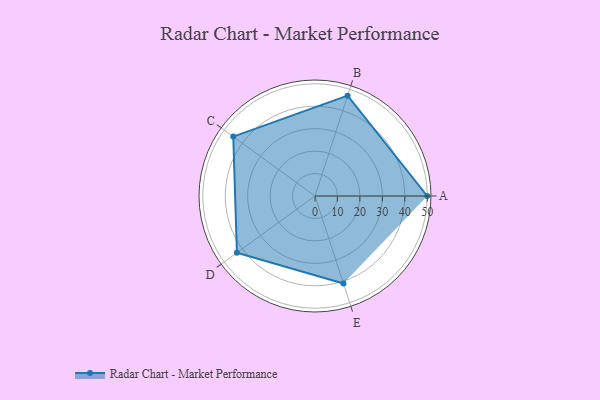
{"axis": {"x": "Skill", "y": "Score"}, "legend": ["Profile"], "data": [{"x": "A", "y": 50.0, "type": "Profile"}, {"x": "B", "y": 47.0, "type": "Profile"}, {"x": "C", "y": 45.0, "type": "Profile"}, {"x": "D", "y": 43.0, "type": "Profile"}, {"x": "E", "y": 41.0, "type": "Profile"}]}